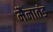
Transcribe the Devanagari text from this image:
मैनातंड